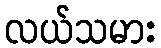
လယ်သမား